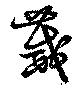
葳